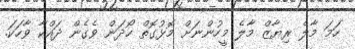
ހަމަ މާލެ ރިޔާޒް މާލެ މީހުންނަށް މޮޅުގޮތް ހޯދަން ވެގެން ދައްކާ ވާހަކަ.